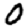
Digit: 0